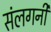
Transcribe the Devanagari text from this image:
संलगनी